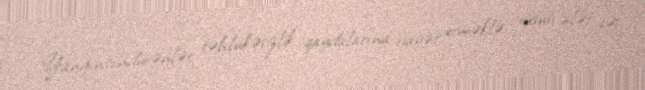
Yanğınsöndürənlər təhlükəsizlik qaydalarına riayət etməklə xüsusi alət və